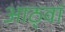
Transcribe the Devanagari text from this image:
आठ्वां